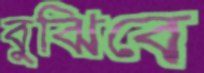
বুঝিবে